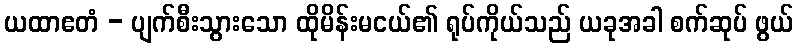
ယထာဧတံ - ပျက်စီးသွားသော ထိုမိန်းမငယ်၏ ရုပ်ကိုယ်သည် ယခုအခါ စက်ဆုပ် ဖွယ်